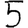
Digit: 5